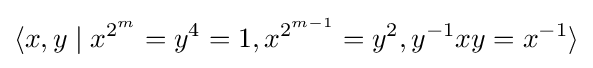
\langle x,y\mid x^{2^{m}}=y^{4}=1,x^{2^{m-1}}=y^{2},y^{-1}xy=x^{-1}\rangle